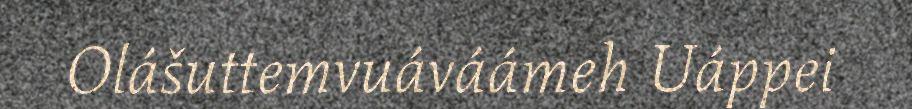
Olášuttemvuáváámeh Uáppei